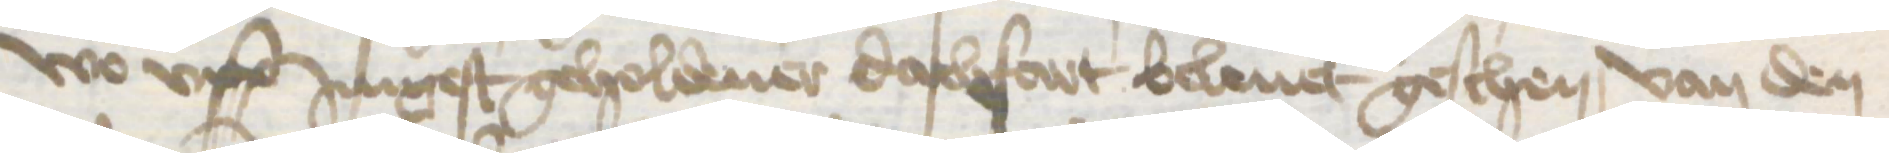
wo vpp Jungest geholdener dachfart beleuet geschen, van den